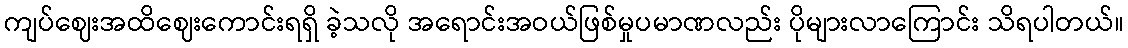
ကျပ်ဈေးအထိဈေးကောင်းရရှိ ခဲ့သလို အရောင်းအဝယ်ဖြစ်မှုပမာဏလည်း ပိုများလာကြောင်း သိရပါတယ်။